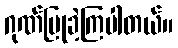
ဂုဏ်ပြုခဲ့ကြပါတယ်။